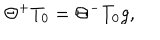
LaTeX: \Theta ^ { + } T _ { 0 } = \Theta ^ { - } T _ { 0 } g ,